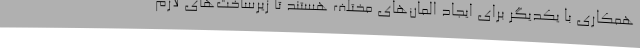
همکاری با یکدیگر برای ایجاد المان‌های مختلف هستند تا زیرساخت‌های لازم